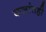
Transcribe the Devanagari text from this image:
कलांतही